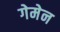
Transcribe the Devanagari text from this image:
गेमेन